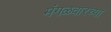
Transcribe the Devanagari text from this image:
मंगळवारच्या